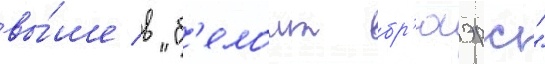
вы́ше в "б'елоит бр'юэрс"